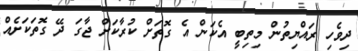
ދިވެހި ރައްޔިތުން މިތިބީ އެކަން އެ ގޮތަށް ކުރާކަށް ޖާގަ ދޭ ގޮތަކަށެއް